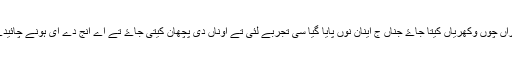
جراسیماں نوں لازمی اوناں روگی جانداراں چوں وکھریاں کیتا جاۓ جناں ج اینان نوں پایا گیا سی تجربے لئی تے اوناں دی پچھان کیتی جاۓ تے اے انج دے ای ہونے چائیدے نیں جناں نیں شروع چ روگ کیتا سی۔